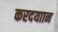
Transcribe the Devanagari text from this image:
करदयाान